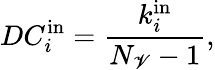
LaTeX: DC_{i}^{\mathrm{in}}=\frac{k_{i}^{\mathrm{in}}}{N_{\mathscr{V}}-1},